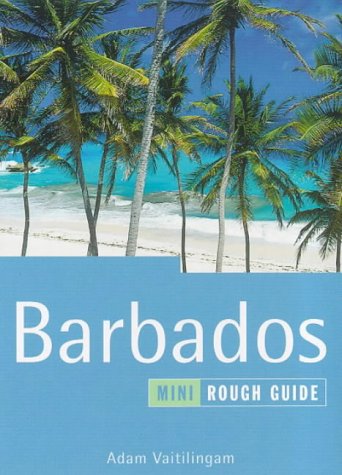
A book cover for The Rough Guide to Barbados; Adam Vaitilingam; Travel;